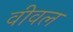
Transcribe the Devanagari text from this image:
वीवल